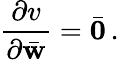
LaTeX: \frac{\partial v}{\partial\bar{\mathbf w}}=\bar{\mathbf 0}\, .